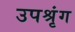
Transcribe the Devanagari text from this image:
उपश्रृंग